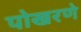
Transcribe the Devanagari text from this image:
पोखरणे